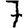
Digit: 7